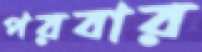
পরবার